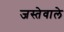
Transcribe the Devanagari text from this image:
जस्तेवाले